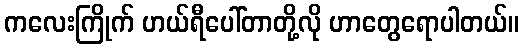
ကလေးကြိုက် ဟယ်ရီပေါ်တာတို့လို ဟာတွေရောပါတယ်။